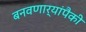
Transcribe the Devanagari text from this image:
बनवणार्‍यांपैकी